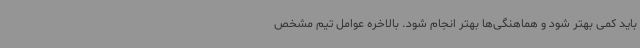
باید کمی بهتر شود و هماهنگی‌ها بهتر انجام شود. بالاخره عوامل تیم مشخص